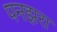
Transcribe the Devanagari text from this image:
पनझरा